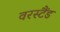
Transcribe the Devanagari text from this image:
वरस्टैंड